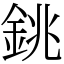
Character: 銚